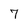
Character: 7